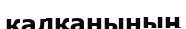
қалқанының